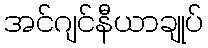
အင်ဂျင်နီယာချုပ်